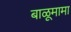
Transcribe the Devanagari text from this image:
बाळूमामा